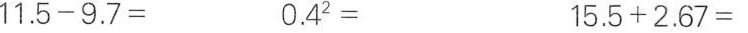
$$1 1 . 5 - 9 . 7 =$$ $$0 . 4 2 =$$ $$1 5 . 5 + 2 . 6 7 =$$